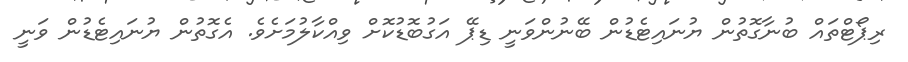
ރިޕޯޓްތައް ބުނާގޮތުން ޔުނައިޓެޑުން ބޭނުންވަނީ ޑިޕޭ އަގުބޮޑުކޮށް ވިއްކާލުމަށެވެ. އެގޮތުން ޔުނައިޓެޑުން ވަނީ